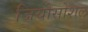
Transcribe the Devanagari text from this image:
जियोसोशल